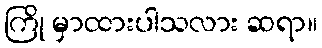
ကြို မှာထားပါသလား ဆရာ။